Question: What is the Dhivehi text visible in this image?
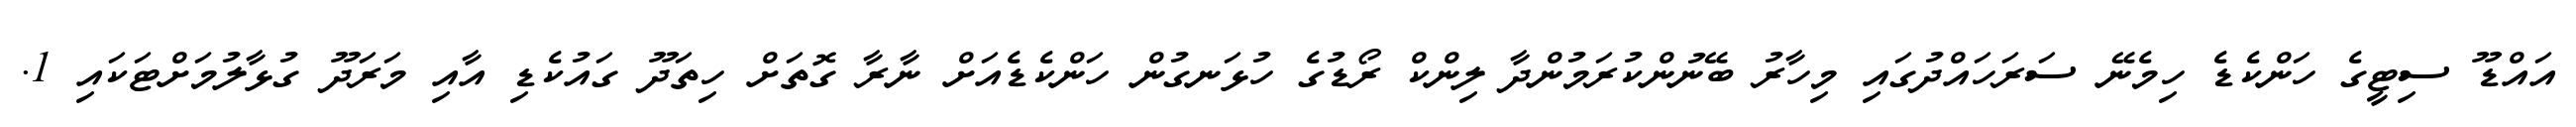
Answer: އައްޑޫ ސިޓީގެ ހަންކެޑެ ހިމެނޭ ސަރަހައްދުގައި މިހާރު ބޭނުންކުރަމުންދާ ލިންކް ރޯޑުގެ ހުޅަނގުން ހަންކެޑެއަށް ނާރާ ގޮތަށް ހިތަދޫ ގައުކެޑި އާއި މަރަދޫ ގުޅާލުމަށްޓަކައި 1.